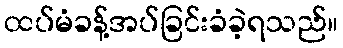
ထပ်မံခန့်အပ်ခြင်းခံခဲ့ရသည်။